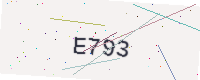
Text: E793